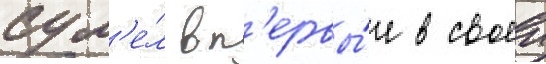
сум'е́л вп'ервы́е в своеи